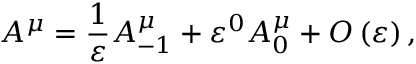
A ^ { \mu } = \frac { 1 } { \varepsilon } A _ { - 1 } ^ { \mu } + \varepsilon ^ { 0 } A _ { 0 } ^ { \mu } + O \left( \varepsilon \right) ,